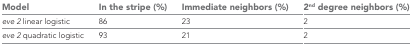
<table><thead><tr><td><b>Model</b></td><td><b>In the stripe (%)</b></td><td><b>Immediate neighbors (%)</b></td><td><b>2<sup>nd</sup> degree neighbors (%)</b></td></tr></thead><tbody><tr><td><i>eve 2</i> linear logistic</td><td>86</td><td>23</td><td>2</td></tr><tr><td><i>eve 2</i> quadratic logistic</td><td>93</td><td>21</td><td>2</td></tr></tbody></table>